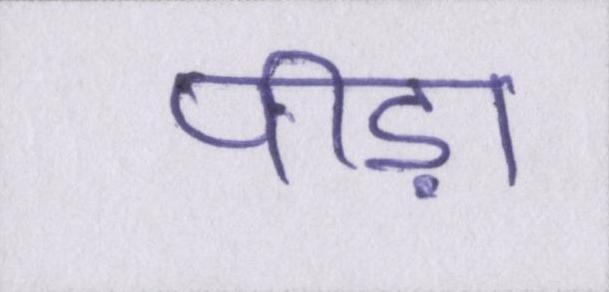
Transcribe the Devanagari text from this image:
पीड़ा